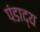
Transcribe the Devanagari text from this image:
पंडाद्य